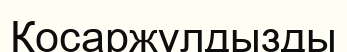
Қосаржұлдызды